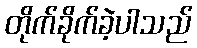
တိုက်ခိုက်ခဲ့ပါသည်